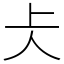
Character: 仧